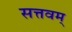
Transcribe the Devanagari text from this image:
सत्तवम्‌